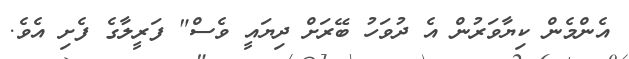
އެންމެން ކިޔާވަރުން އެ ދުވަހު ބޭރަށް ދިޔައީ ވެސް" ފަރީލާގެ ފެށި އެވެ.